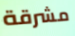
مشرقة